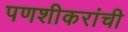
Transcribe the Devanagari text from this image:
पणशीकरांची